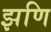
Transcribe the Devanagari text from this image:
झणि